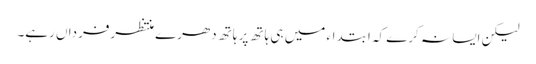
لیکن ایسا نہ کرے کہ ابتداء میں ہی ہاتھ پر ہاتھ دھرے منتظرفرداں رہے۔